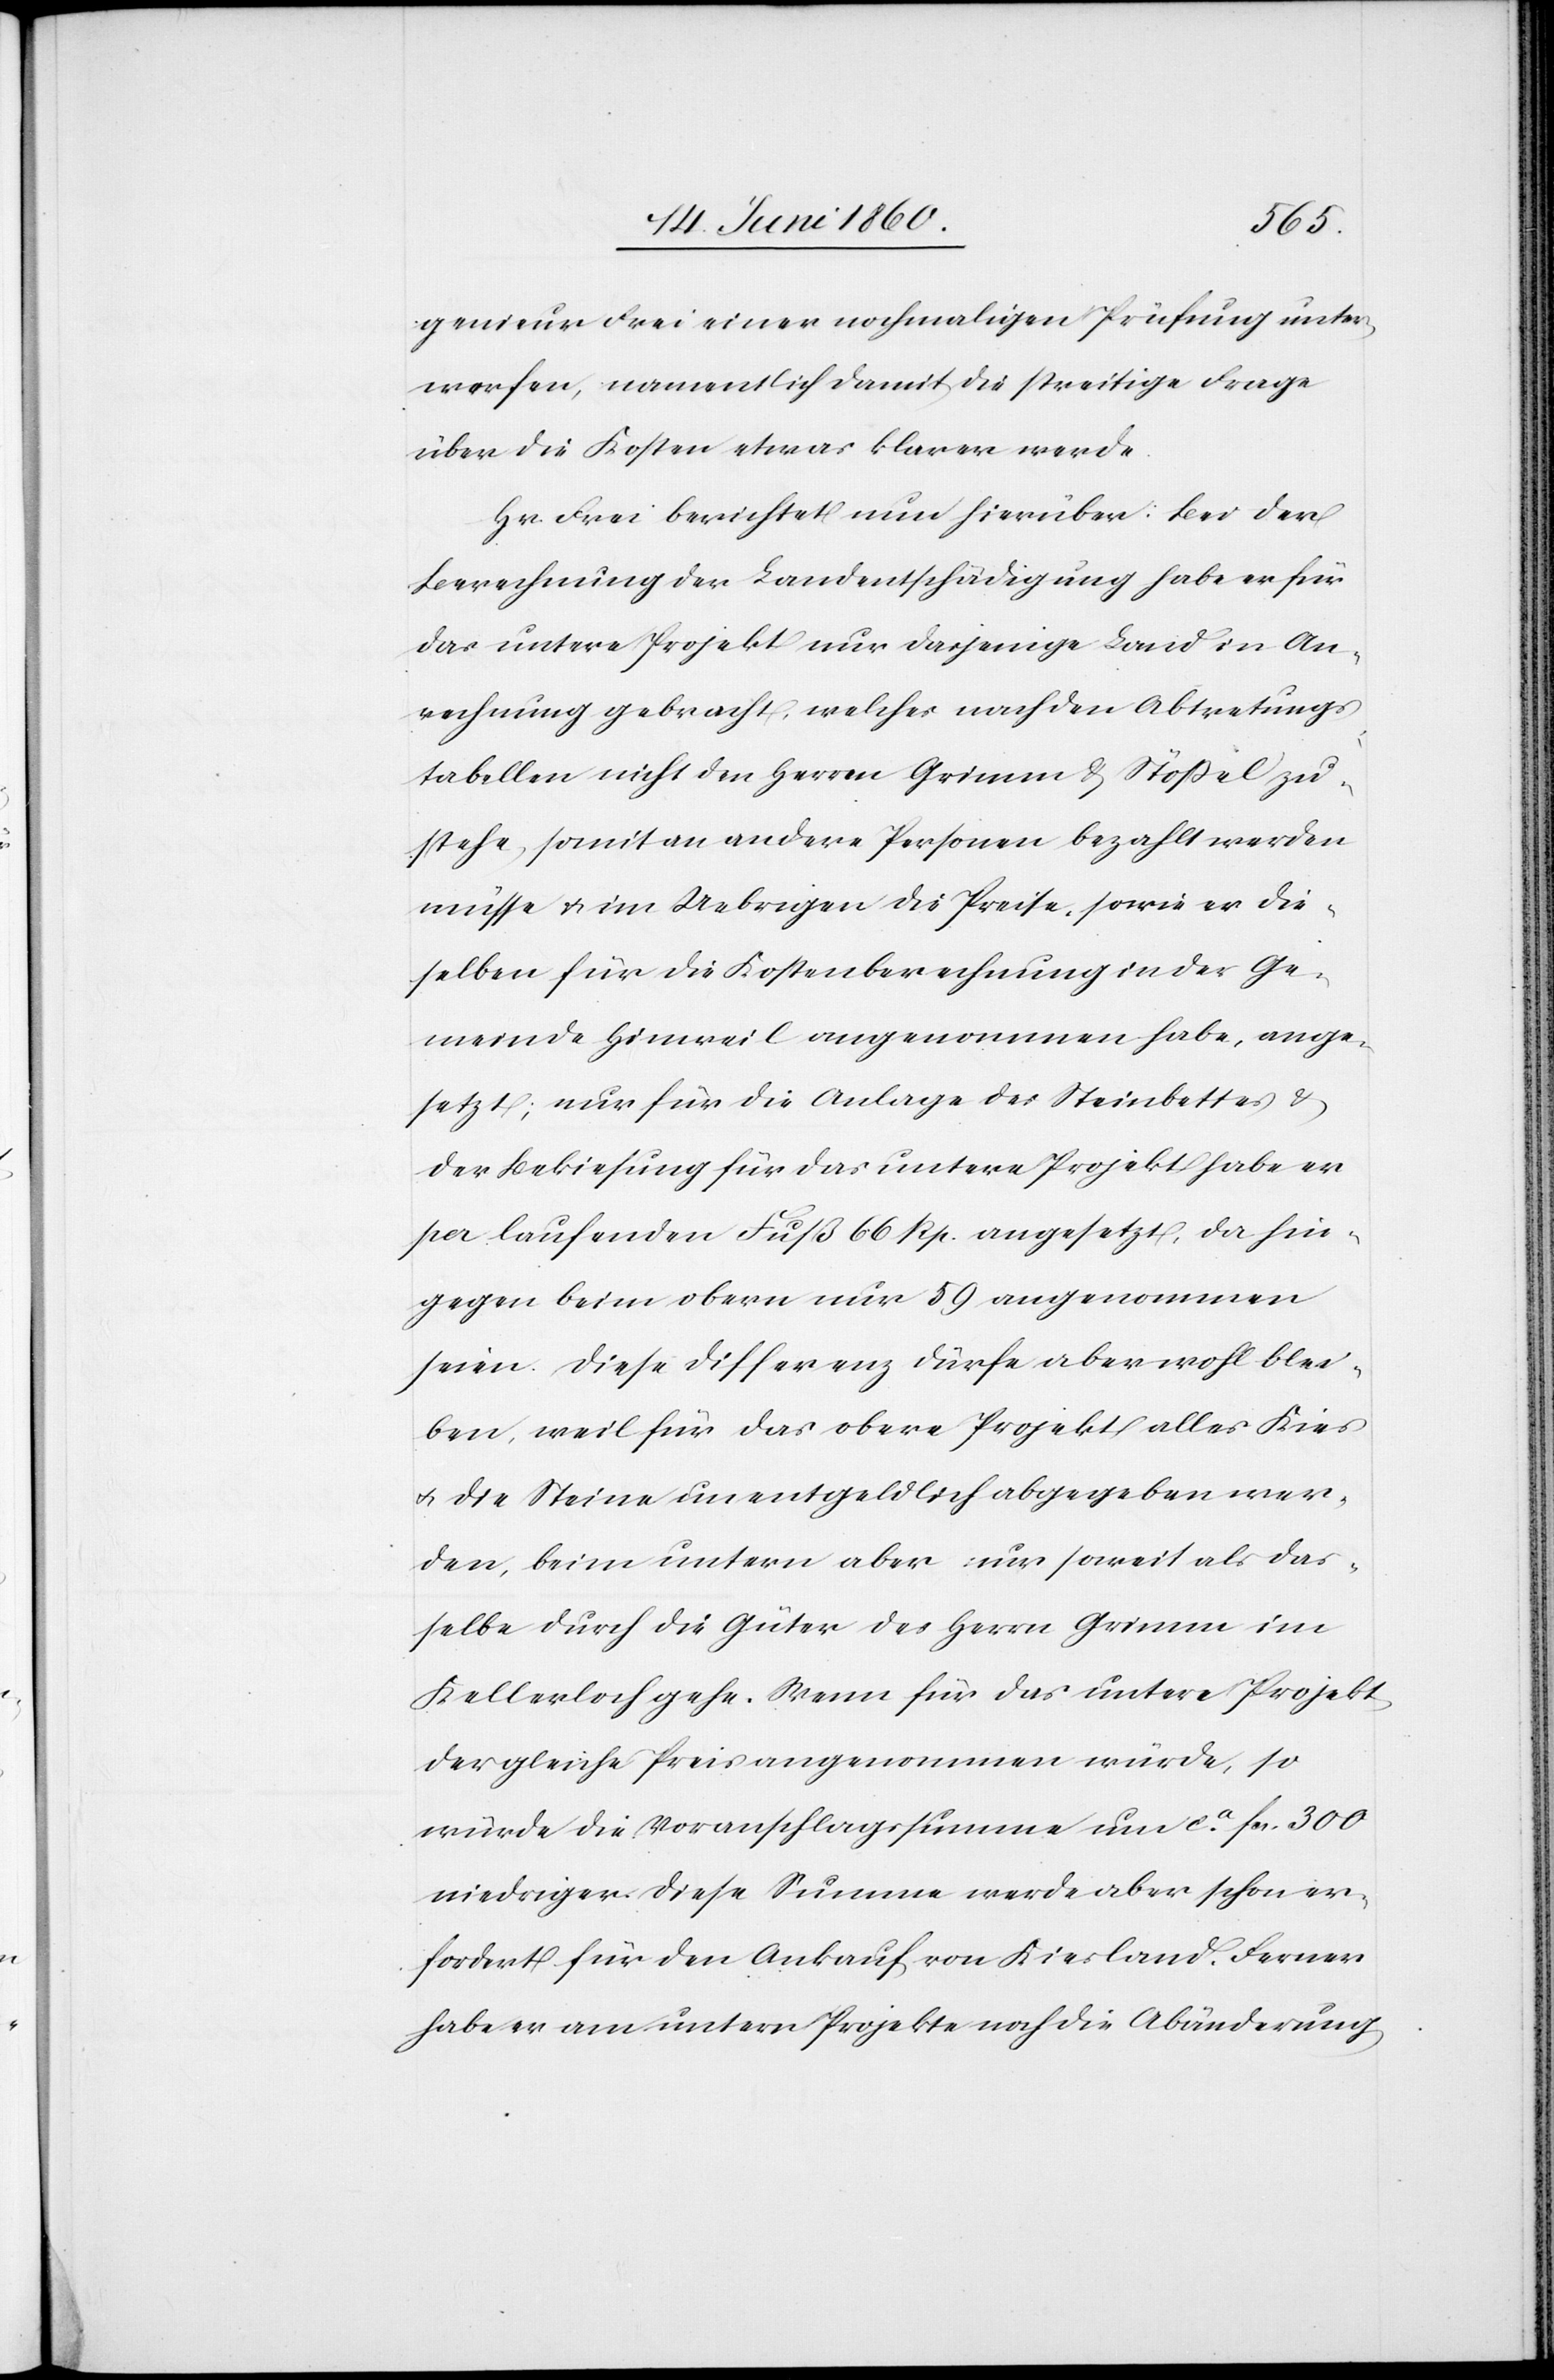
genieur Frei einer nochmaligen Prüfung unter¬
werfen, namentlich damit die streitige Frage
über die Kosten etwas klarer werde.
Hr. Frei berichtet nun hierüber: Bei der
Berechnung der Landentschädigung habe er für
das untere Projekt nur dasjenige Land in An¬
rechnung gebracht, welches nach den Abtretungs¬
tabellen nicht den Herren Grimm & Stössel zu¬
stehe, somit an andere Personen bezahlt werden
müsse u. im Uebrigen die Preise, sowie er die¬
selben für die Kostenberechnung in der Ge¬
meinde Hinweil angenommen habe, ange¬
setzt; nur für die Anlage des Steinbettes u.
der Bekiesung für das untere Projekt habe er
pro laufenden Fuß 66 Rp. angesetzt, da hin¬
gegen beim obern nur 59 angenommen
seien. Diese Differenz dürfe aber wohl blei¬
ben, weil für das obere Projekt alles Kies
u. die Steine unentgeldlich abgegeben wer¬
den, beim untern aber nur soweit als das¬
selbe durch die Güter des Herrn Grimm im
Kellerloch gehe. Wenn für das untere Projekt
der gleiche Preis angenommen würde, so
würde die Voranschlagssumme um ca fcs. 300
niedriger. Diese Summe werde aber schon er¬
fordert für den Ankauf von Kiesland. Ferner
habe er am untern Projekte noch die Abänderung